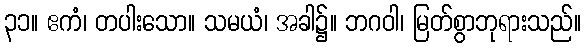
၃၁။ ဧကံ၊ တပါးသော။ သမယံ၊ အခါ၌။ ဘဂဝါ၊ မြတ်စွာဘုရားသည်။